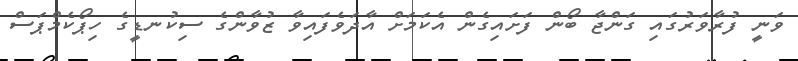
ވަނީ ފުރާވަރުގައި ގަންޖާ ބޯން ފަށައިގެން އެކަމަށް އާދަވެފައިވާ ޒުވާންގެ ސިކުނޑީގެ ހިޕޯކެމްޕަސް